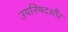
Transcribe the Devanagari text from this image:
उपनिषदऔर